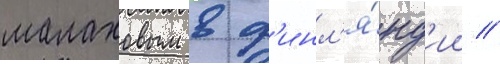
малаховым в ф'инл'я́нд'ии //